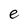
Character: e